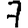
Digit: 7